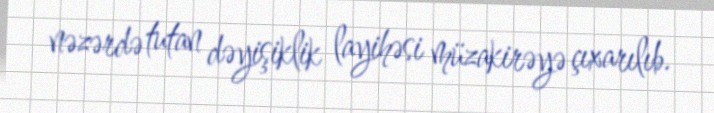
nəzərdə tutan dəyişiklik layihəsi müzakirəyə çıxarılıb.